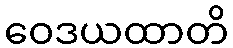
ဝေဒယထာတိ